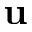
\mathbf { u }